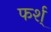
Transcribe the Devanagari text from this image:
फर्श्